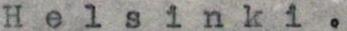
Helsinki.